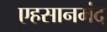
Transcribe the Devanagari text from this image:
एहसानमंद